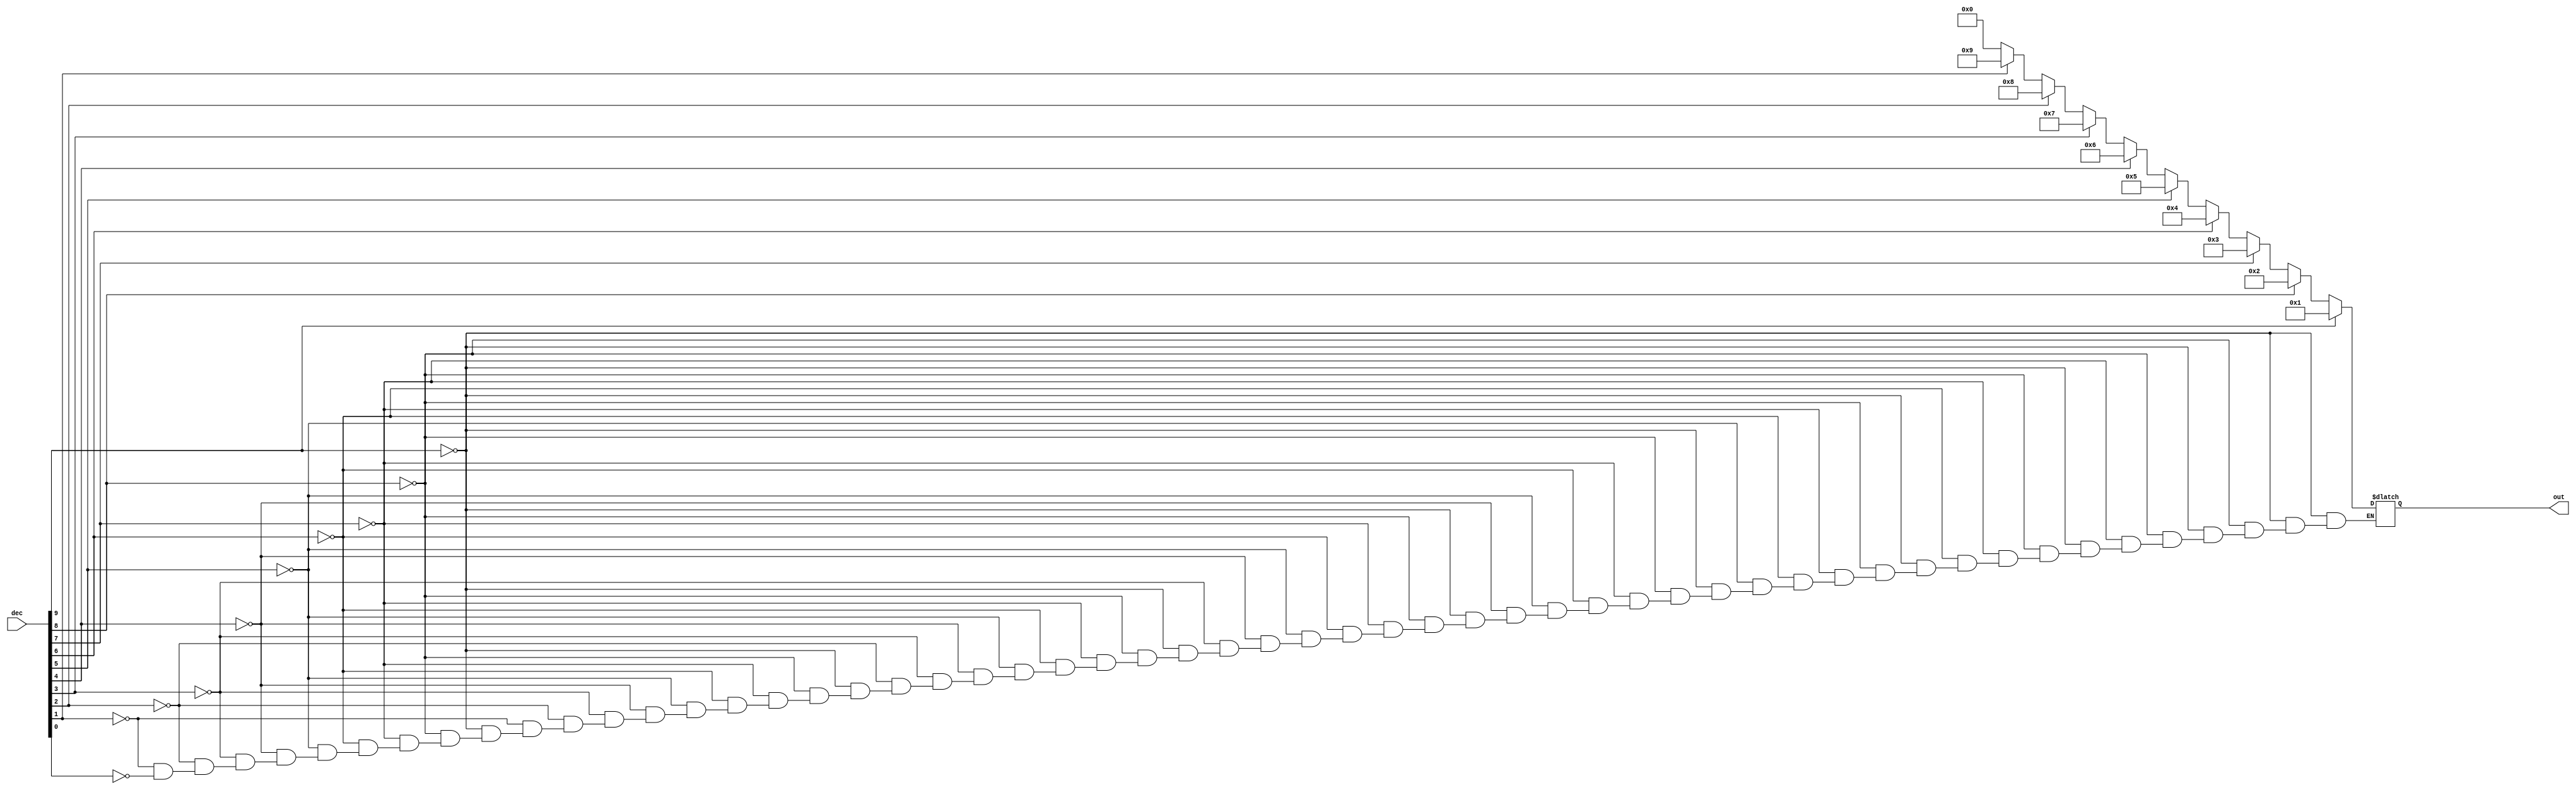
/*
 * Codificador decimal a bcd
*/

module dec2bcd(input [9:0]dec, output reg [3:0]out);
	
	always @(dec)
	begin
		if (dec[9] == 1)
			out = 1;
		else if (dec[8] == 1)
			out = 2;
		else if (dec[7] == 1)
			out = 3;
		else if (dec[6] == 1)
			out = 4;
		else if (dec[5] == 1)
			out = 5;
		else if (dec[4] == 1)
			out = 6;
		else if (dec[3] == 1)
			out = 7;
		else if (dec[2] == 1)
			out = 8;
		else if (dec[1] == 1)
			out = 9;
		else if (dec[0] == 1)
			out = 0;
	end
	
endmodule